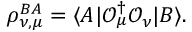
\rho _ { \nu , \mu } ^ { B A } = \langle A | \mathcal { O } _ { \mu } ^ { \dagger } \mathcal { O } _ { \nu } | B \rangle .